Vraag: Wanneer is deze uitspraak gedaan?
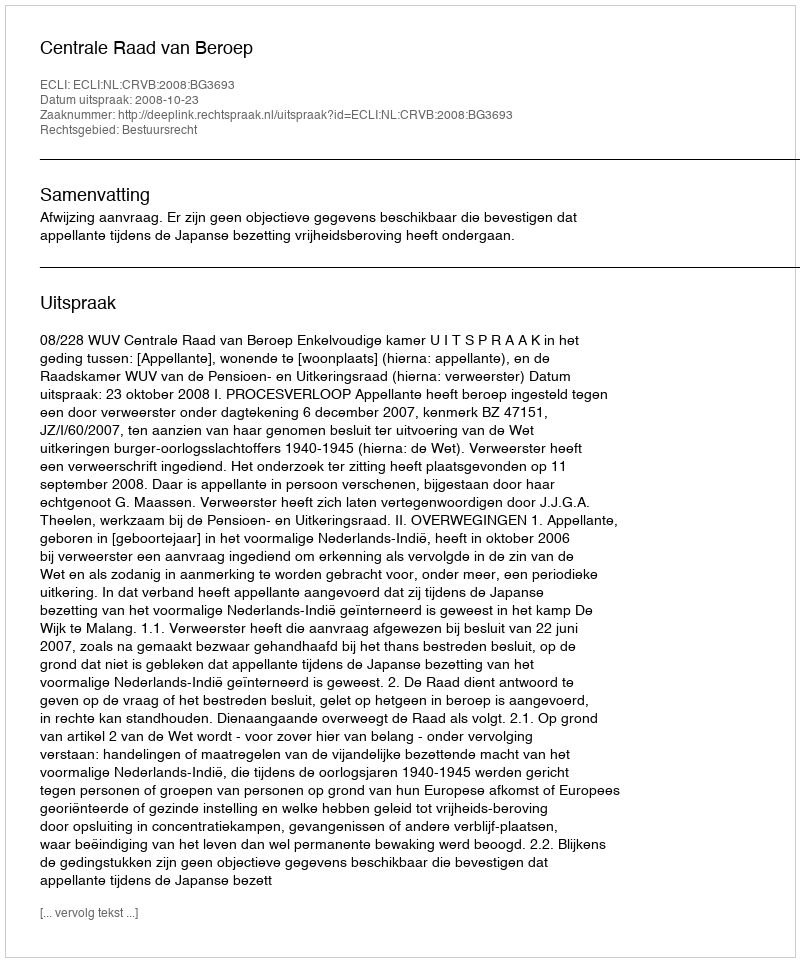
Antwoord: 2008-10-23